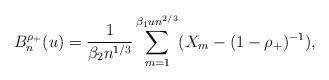
LaTeX: \begin{align*}B^{\rho_+}_n(u)=\frac{1}{\beta_2 n^{1/3}}\sum_{m=1}^{\beta_1 u n^{2/3}} (X_m-(1-\rho_+)^{-1}),\end{align*}